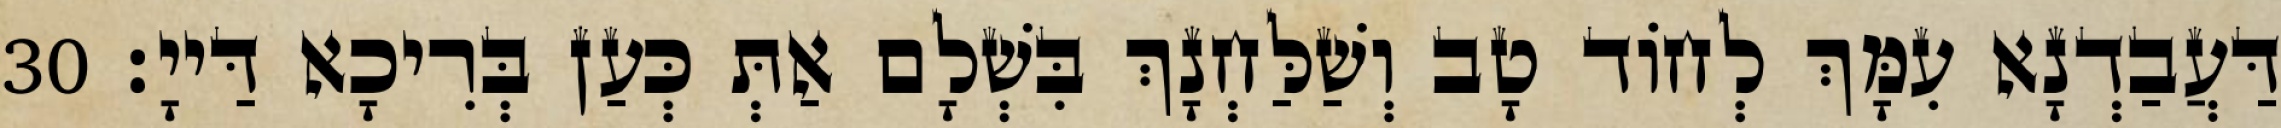
דַּעֲבַדְנָא עִמָּךְ לְחוֹד טָב וְשַׁלַּחְנָךְ בִּשְׁלָם אַתְּ כְּעַן בְּרִיכָא דַּייָ׃ 30